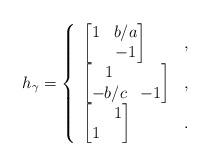
LaTeX: \begin{align*}h_\gamma=\left\{ \begin{array}{ll}\left[\begin{matrix} 1& b/a\\ & -1 \end{matrix} \right] & , \\\left[\begin{matrix} 1& \\ -b/c& -1 \end{matrix} \right] & , \\\left[\begin{matrix} &1 \\ 1 & \end{matrix} \right] & .\end{array}\right.\end{align*}